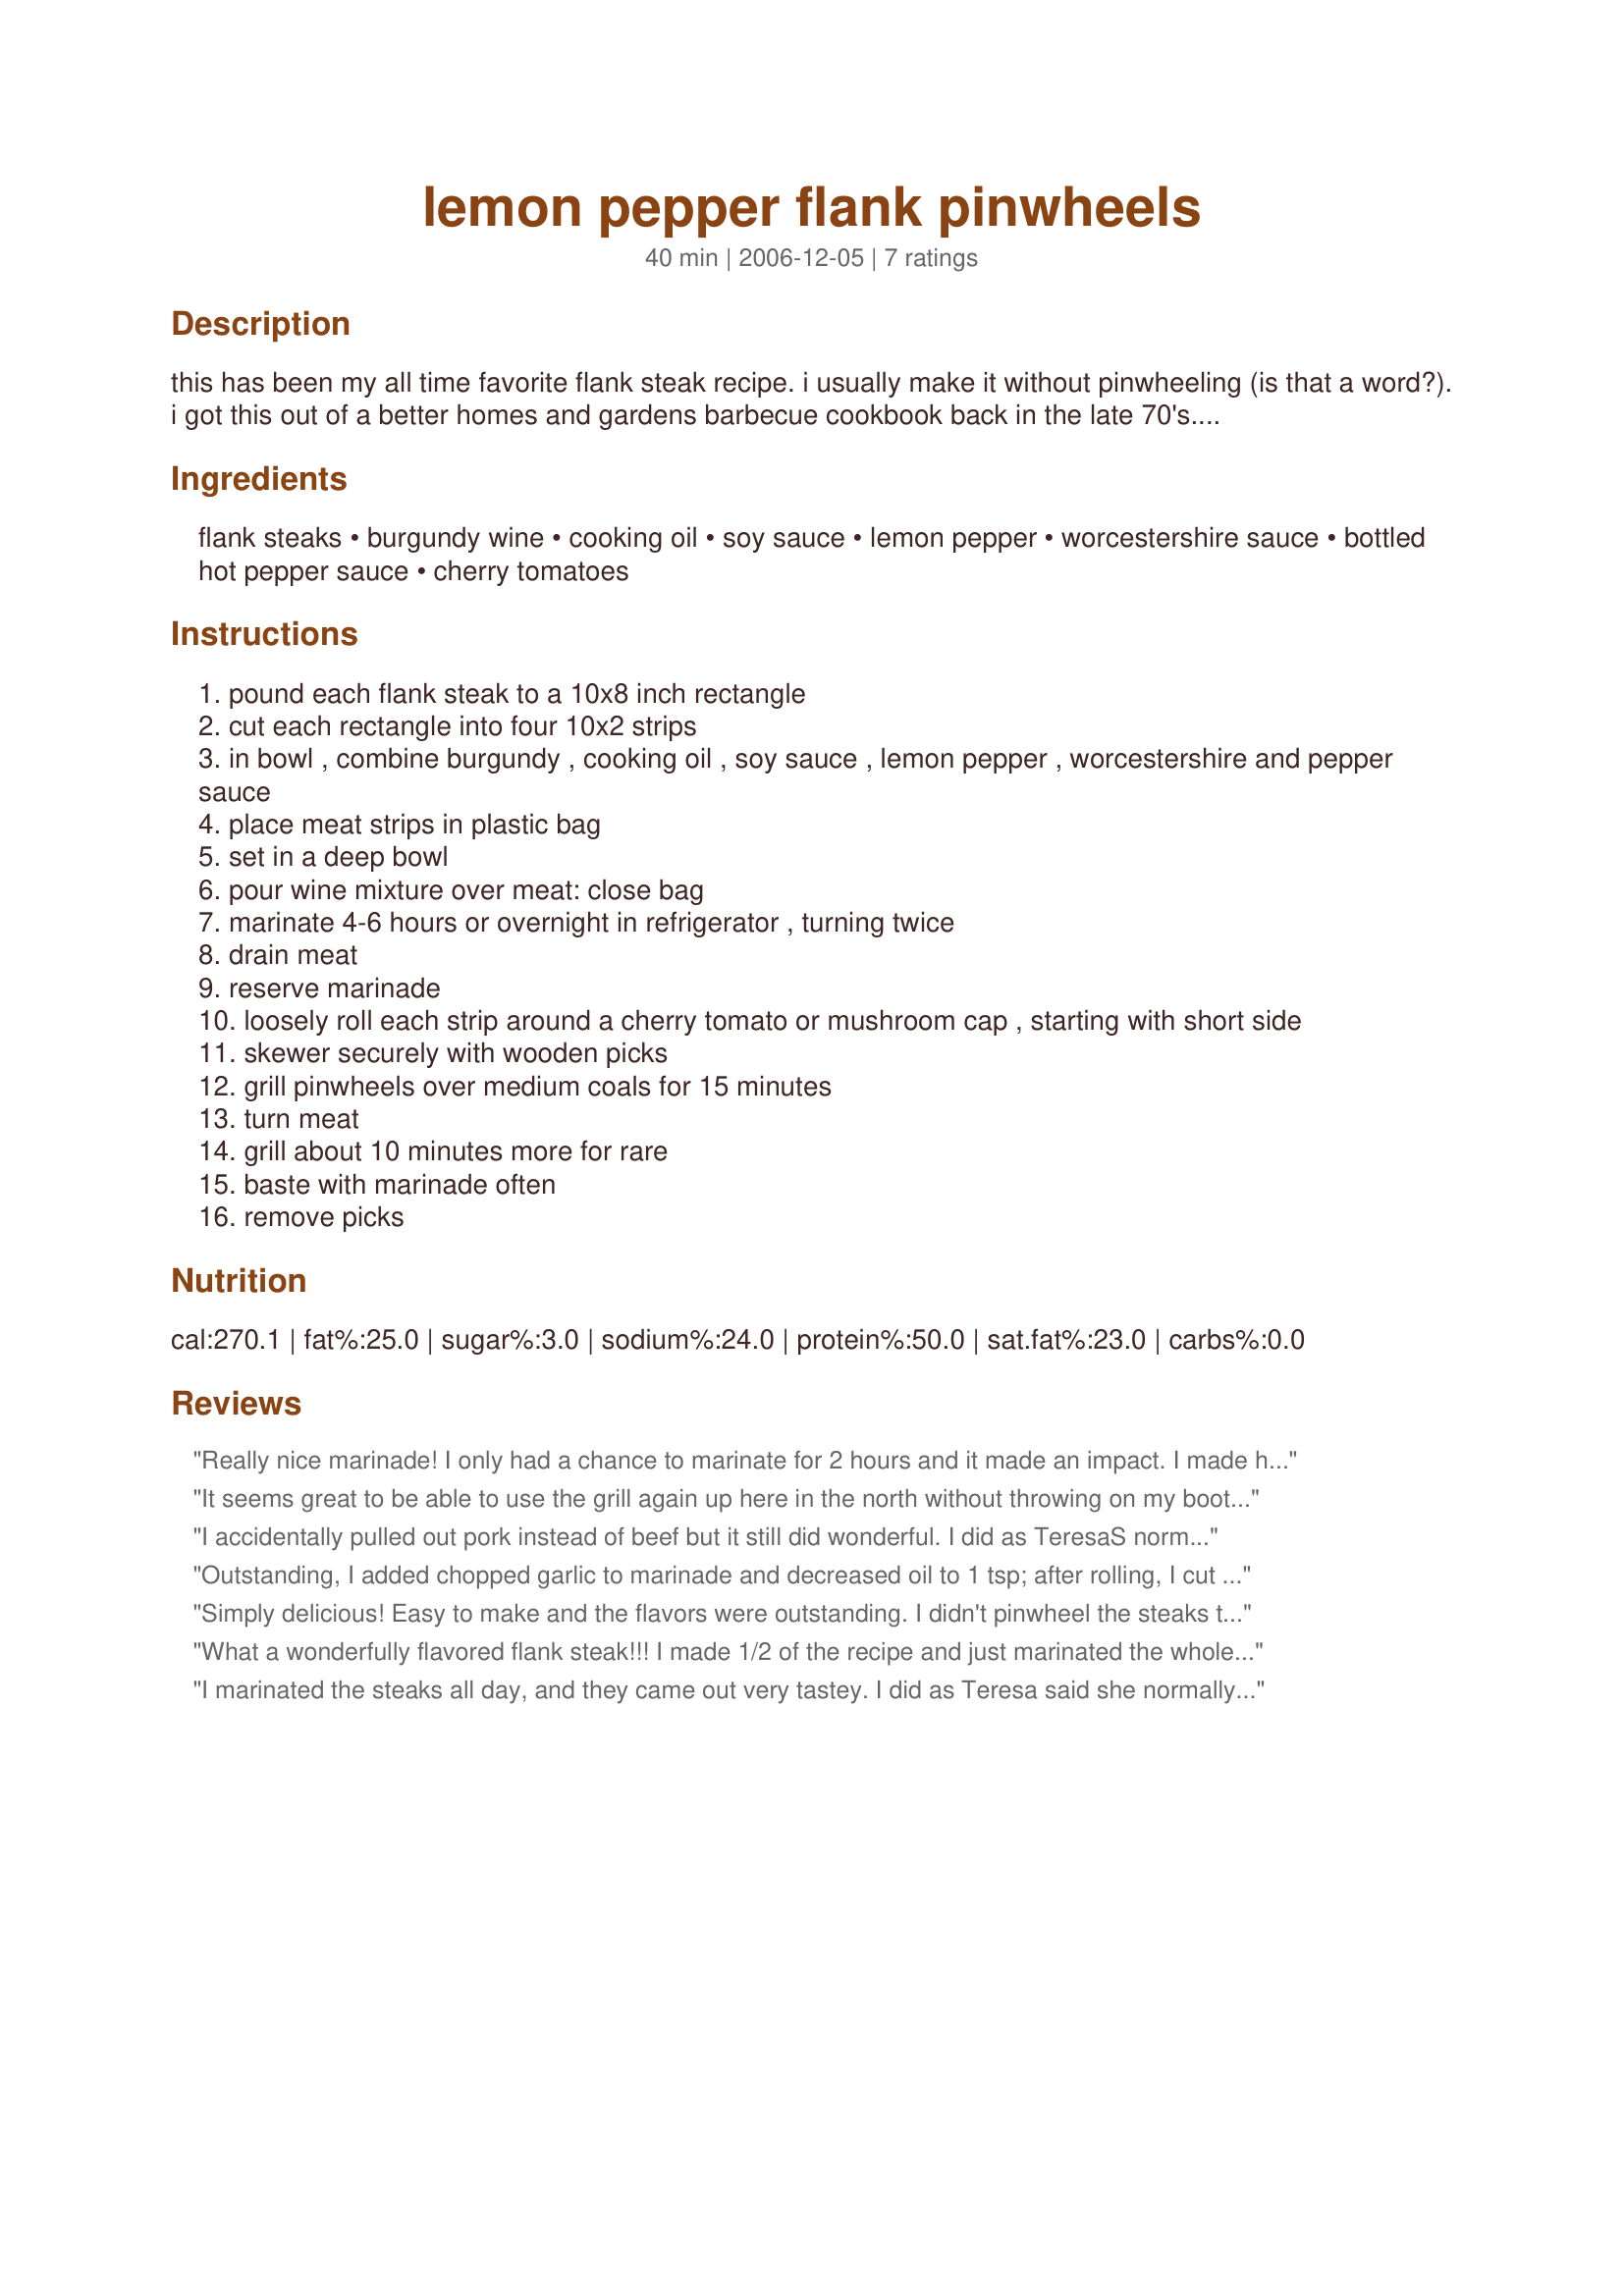
lemon pepper flank pinwheels
Preparation time: 40 minutes

this has been my all time favorite flank steak recipe. i usually make it without pinwheeling (is that a word?). i got this out of a better homes and gardens barbecue cookbook back in the late 70's. here i go again telling my age. cooking time does not include marinating.

Ingredients:
flank steaks, burgundy wine, cooking oil, soy sauce, lemon pepper, worcestershire sauce, bottled hot pepper sauce, cherry tomatoes

Steps:
pound each flank steak to a 10x8 inch rectangle
cut each rectangle into four 10x2 strips
in bowl , combine burgundy , cooking oil , soy sauce , lemon pepper , worcestershire and pepper sauce
place meat strips in plastic bag
set in a deep bowl
pour wine mixture over meat: close bag
marinate 4-6 hours or overnight in refrigerator , turning twice
drain meat
reserve marinade
loosely roll each strip around a cherry tomato or mushroom cap , starting with short side
skewer securely with wooden picks
grill pinwheels over medium coals for 15 minutes
turn meat
grill about 10 minutes more for rare
baste with marinade often
remove picks

Reviews:
Really nice marinade! I only had a chance to marinate for 2 hours and it made an impact. I made half the recipe and it turned out very well. I should have read your instructions a bit better because I cooked on a medium-high heat and by the time it was done, the outside was a little dry and stringy. MY BAD!!! Made for Gimme 5 Tag. Thanks TeresaS! :)
It seems great to be able to use the grill again up here in the north without throwing on my boots :) I marinated my steaks in about 2 tsp. olive oil instead of the 1/4 c. and marinated for about 5 hrs. before grilling. It was plenty long enough and the steaks were juicy and deliciously flavored, and came out rare, just like we like them! This marinade is so awesome! I will try using it on chicken too, and I bet I get great results! Made for 123 Hit Wonders 3/09 Linda
I accidentally pulled out pork instead of beef but it still did wonderful. I did as TeresaS normally does and left the steaks whole. Awesome next time I will marinate them overnight.
Outstanding, I added chopped garlic to marinade and decreased oil to 1 tsp; after rolling, I cut each roll in half. (watching my weight)My husband and I thought they were great and when I brought one for my manager for lunch she thought they were yummy. Thanks Teresa for a great recipe.
Simply delicious! Easy to make and the flavors were outstanding. I didn't pinwheel the steaks this time, but would like to try it using mushrooms when I make it again. Thanks for sharing the recipe!
What a wonderfully flavored flank steak!!! I made 1/2 of the recipe and just marinated the whole steak, but did serve the slices with some grilled onions and mushrooms for a fantastic main dish. The steak was so nice, tender and so flavorful, from such a simple quick recipe. This is a recipe I will add to my favorites for 2014. Thanks so much for sharing the recipe TeresaS!!!
I marinated the steaks all day, and they came out very tastey. I did as Teresa said she normally does and left the steaks whole, also a preference for my family. They truned out delicious. Thanks for posting a great recipe. Made for 123 Hit Wonders Tag.
